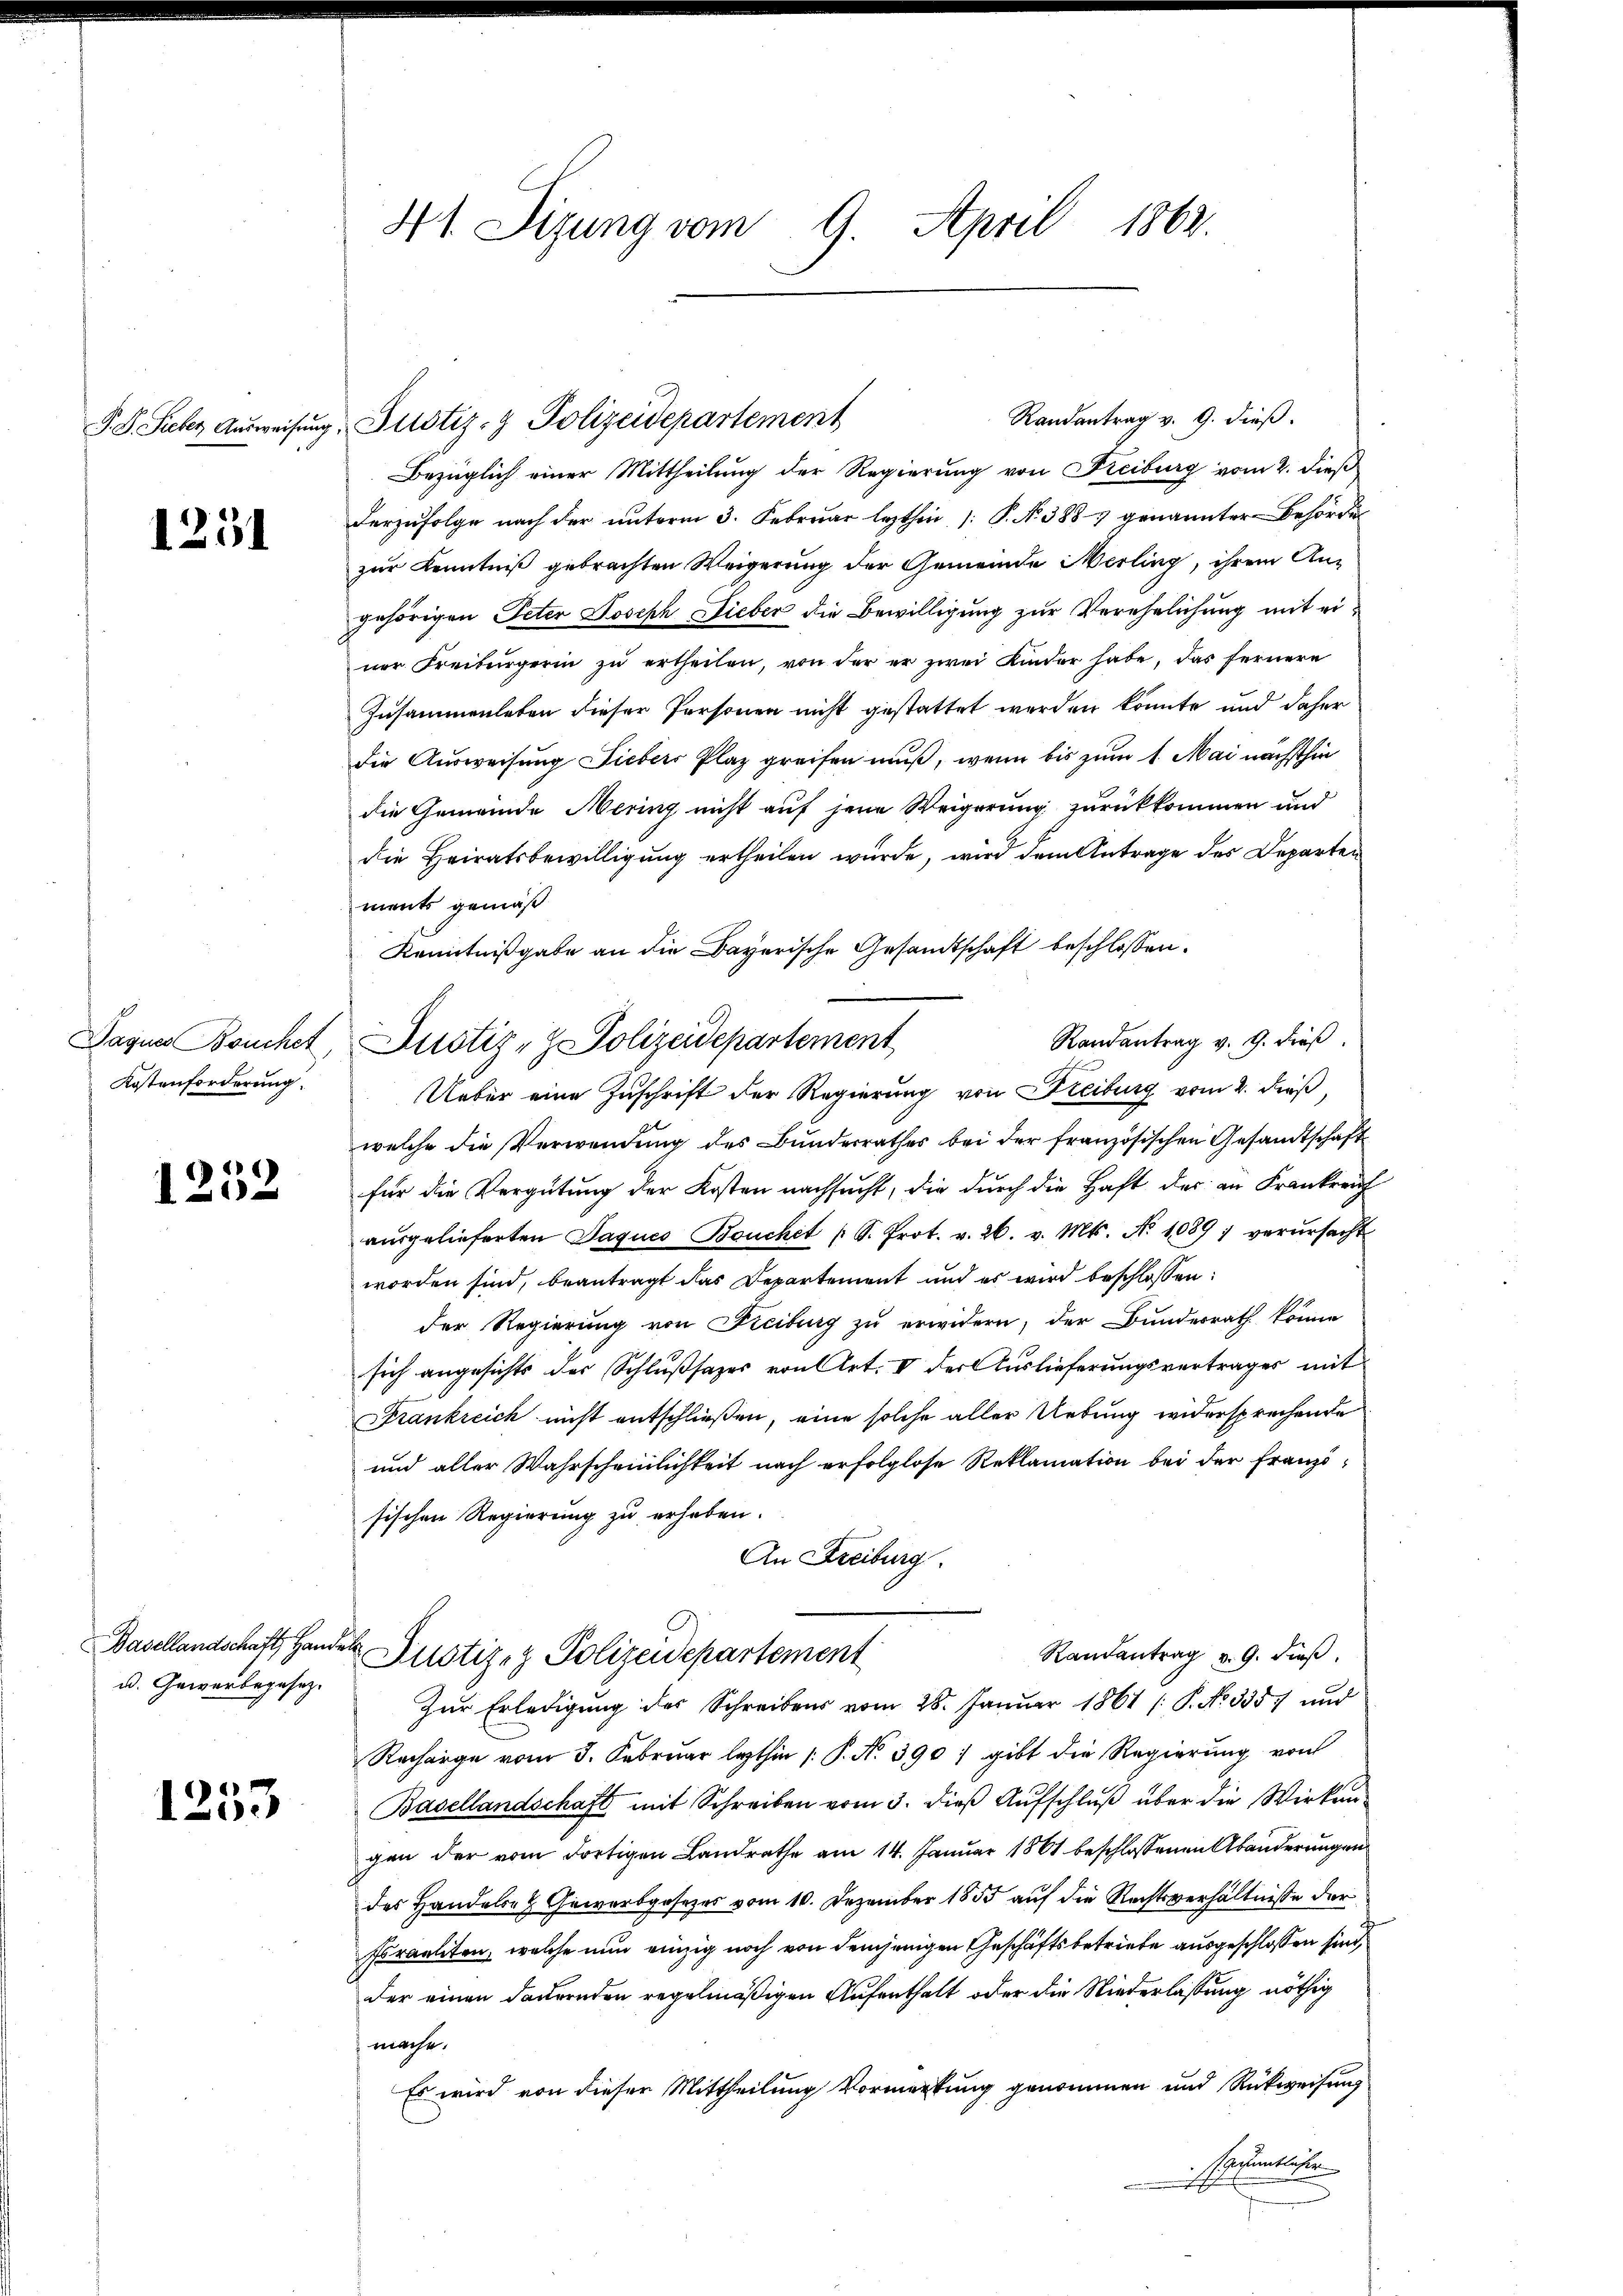
1231

Paques Bouchet,
Kostenforderung.

1252

Basellandschaft, Hand
u. Gewerbegesez.

1253

41. Sizung vom 9. April 1862.

P.S. Seeber Aŭsweisŭng. Justiz- & Polizeidepartement

Randantrag v. 9. dieß.
Bezüglich einer Mittheilung der Regierung von Freiburg vom 2. dieß
derzufolge nach der unterm 3. Februar lezthin (: P. Nr. 3887 genannter Behörder
zur Kenntniß gebrachten Weigerung der Gemeinde Merling, ihrem Angehörigen Peter Joseph Fieber die Bewilligung zur Verehelichung mit einer Freiburgerin zu ertheilen, von der er zwei Kinder habe, das fernere
Zusammenleben dieser Personen nicht gestattet werden könnte und daher
die Ausweisung Liebers Plaz greifen muß, wenn bis zum 1. Mai nächsthin
die Gemeinde Mering nicht auf jene Weigerung zurückkommen und
die Heiratsbewilligung ertheilen wurde, wird dem Antrage des Departen
ments gemäß
Kenntnißgabe an die Bayerische Gesandtschaft beschlossen:
Randantrag v. 9. dieβ.
Justiz- & Polizeidepartement
Ueber eine Zuschrift der Regierung von Freiburg vom 2. dieß,
welche die Verwendung des Bundesrathes bei der französischen Gesandtschaft
für die Vergütung der Kosten nachsucht, die durch die Haft des an Frankreich
ausgelieferten Jaqués Bouchet (S. Prot. v. 26. v. Mts. No 1089; verŭrsacht
worden sind, beantragt das Departement und es wird beschlossen:
der Regierung von Freiburg zu erwidern, der Bunderrath könne
sich angesichts der Schlußsazes von Art. V der Auslieferungsvertrages mit
Frankreich nicht entschließen, eine solche aller Uebung widersprechende
und aller Wahrscheinlichkeit nach erfolglose Reklamation bei der Französischen Regierung zu erhaben.
An Freiburg.
Randantrag v. 9. dieß.
te Justiz- & Polizeidepartement
Zur Erledigung des Schreibens vom 28. Januar 1861 /: P. No 335. und
Recharge vom 5. Februar lezthin /: P. No. 390, gibt die Regierŭng von
Basellandschaft mit Schreiben vom 3. dieß Aufschluß über die Wirken
gen der vom dortigen Landrathe am 14. Januar 1861 beschlossenen Abänderungen
des Handels- & Gewerbgesezes vom 10. Dezember 1855 auf die Rechtsverhältnisse der
Foraeliten, welche nun einzig noch von demjenigen Geschäftsbetriebe ausgeschlossen sind,
der einen dauernden regelmäßigen Aufenthalt oder die Niederlassung nöthig
mache.
Es wird von dieser Mittheilung Vormerkung genommen und Rückweisung
Grundste